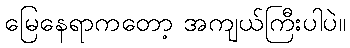
မြေနေရာကတော့ အကျယ်ကြီးပါပဲ။